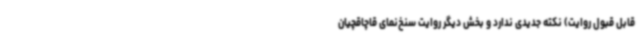
قابل قبول روایت) نکته جدیدی ندارد و بخش دیگر روایت سنخ‌نمای قاچاقچیان